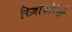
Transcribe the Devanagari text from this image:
रिज़ोफोरेसी